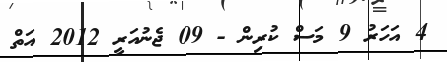
4 އަހަރު 9 މަސް ކުރިން - 09 ޖެނުއަރީ 2012 އަތް